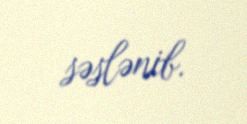
səslənib.